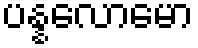
ပန္နလောမော